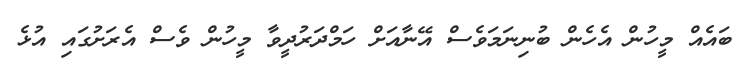
ބައެއް މީހުން އެހެން ބުނިނަމަވެސް އޭނާއަށް ހަމްދަރުދީވާ މީހުން ވެސް އެރަށުގައި އުޅެ